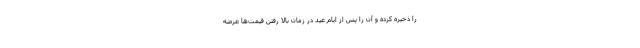
را ذخیره کرده و آن را پس از ایام عید در زمان بالا رفتن قیمت‌ها عرضه